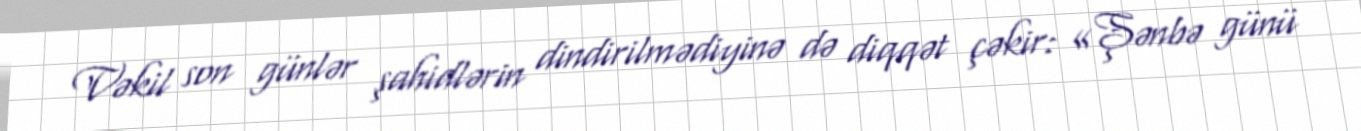
Vəkil son günlər şahidlərin dindirilmədiyinə də diqqət çəkir: «Şənbə günü